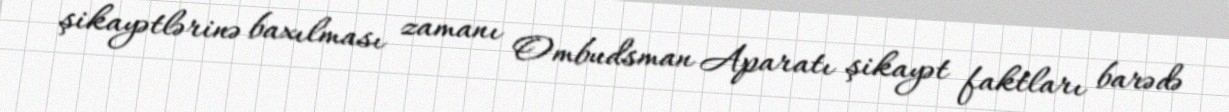
şikayətlərinə baxılması zamanı Ombudsman Aparatı şikayət faktları barədə